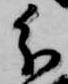
分